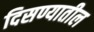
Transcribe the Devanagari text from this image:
दिसण्यातील